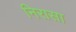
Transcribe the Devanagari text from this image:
निरासा